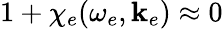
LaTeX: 1+\chi_{e}(\omega_{e},\mathbf{k}_{e})\approx 0